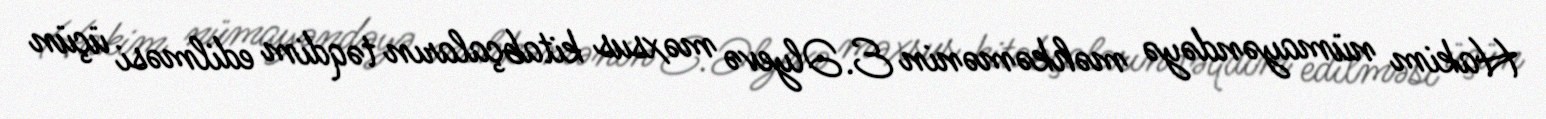
Hakim nümayəndəyə məhkəmənin E.Əlyevə məxsus kitabçaların təqdim edilməsi üçün